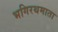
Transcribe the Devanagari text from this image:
भगिरथमाता